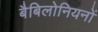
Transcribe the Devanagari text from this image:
बैबिलोनियनों